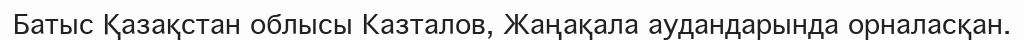
Батыс Қазақстан облысы Казталов, Жаңақала аудандарында орналасқан.